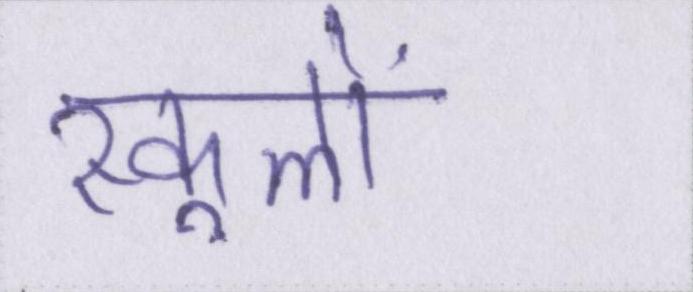
स्कूलों